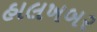
હાલખબર